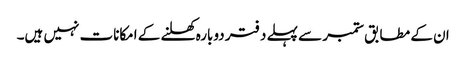
ان کے مطابق ستمبر سے پہلے دفتر دوبارہ کھلنے کے امکانات نہیں ہیں۔